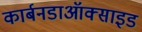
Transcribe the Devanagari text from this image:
कार्बनडाऑक्साइड